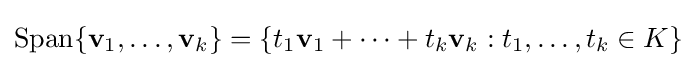
{\text{Span}}\{\mathbf {v} _{1},\ldots ,\mathbf {v} _{k}\}=\left\{t_{1}\mathbf {v} _{1}+\cdots +t_{k}\mathbf {v} _{k}:t_{1},\ldots ,t_{k}\in K\right\}